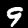
Digit: 9